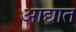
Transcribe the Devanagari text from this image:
आद्यात